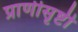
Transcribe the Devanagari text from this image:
प्राणीसृष्टी